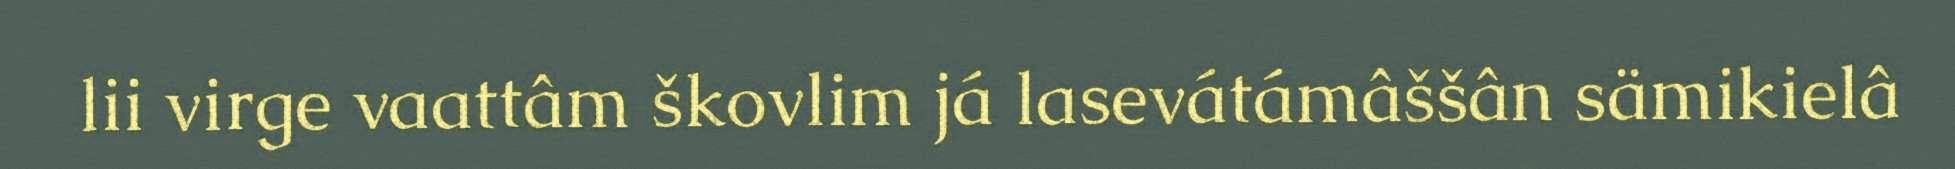
lii virge vaattâm škovlim já lasevátámâššân sämikielâ